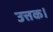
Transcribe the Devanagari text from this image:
उत्तक।